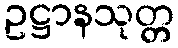
ဥဋ္ဌာနသုတ္တ